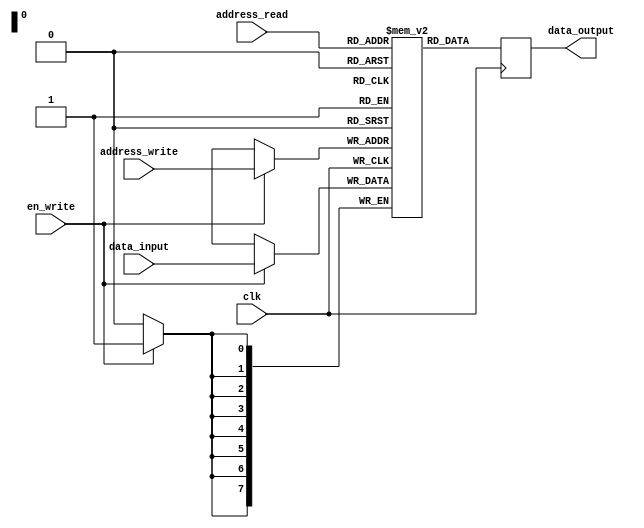
module flash_memory_block (
    input wire clk, // Clock signal
    input wire en_write, // Write enable signal
    
    input wire [7:0] data_input, // Input data to be written
    input wire [7:0] address_write, // Address where data will be written
    
    output reg [7:0] data_output, // Output data read from memory
    input wire [7:0] address_read // Address from where data will be read
);

reg [7:0] memory [0:255]; // Flash memory with 256 memory cells, each storing 8 bits of data

always @(posedge clk) begin
    if (en_write) begin // Write operation
        memory[address_write] <= data_input;
    end
    
    data_output <= memory[address_read]; // Read operation
end

endmodule